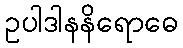
ဥပါဒါနနိရောဓေ